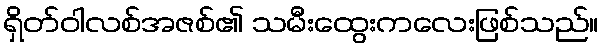
ရှိတ်ဝါလစ်အဇစ်၏ သမီးထွေးကလေးဖြစ်သည်။